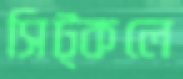
সিট্‌কলে